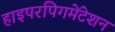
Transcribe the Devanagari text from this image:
हाइपरपिगमेंटेशन